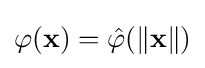
{\textstyle \varphi (\mathbf {x} )={\hat {\varphi }}(\left\|\mathbf {x} \right\|)}